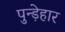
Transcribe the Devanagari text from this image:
पुन्ड़ेहार